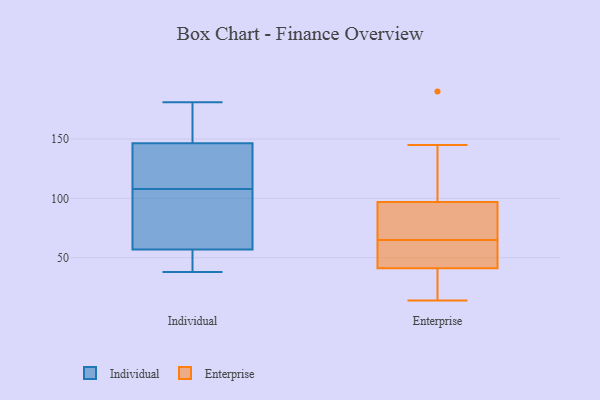
{"axis": {"x": "Humidity (%)", "y": "Value"}, "legend": ["Enterprise", "Individual"], "data": [{"x": "", "y": 151, "type": "Individual"}, {"x": "", "y": 49, "type": "Individual"}, {"x": "", "y": 97, "type": "Individual"}, {"x": "", "y": 166, "type": "Individual"}, {"x": "", "y": 108, "type": "Individual"}, {"x": "", "y": 133, "type": "Individual"}, {"x": "", "y": 38, "type": "Individual"}, {"x": "", "y": 181, "type": "Individual"}, {"x": "", "y": 54, "type": "Individual"}, {"x": "", "y": 66, "type": "Individual"}, {"x": "", "y": 133, "type": "Individual"}, {"x": "", "y": 16, "type": "Enterprise"}, {"x": "", "y": 81, "type": "Enterprise"}, {"x": "", "y": 145, "type": "Enterprise"}, {"x": "", "y": 87, "type": "Enterprise"}, {"x": "", "y": 27, "type": "Enterprise"}, {"x": "", "y": 14, "type": "Enterprise"}, {"x": "", "y": 190, "type": "Enterprise"}, {"x": "", "y": 107, "type": "Enterprise"}, {"x": "", "y": 55, "type": "Enterprise"}, {"x": "", "y": 63, "type": "Enterprise"}, {"x": "", "y": 67, "type": "Enterprise"}, {"x": "", "y": 63, "type": "Enterprise"}]}